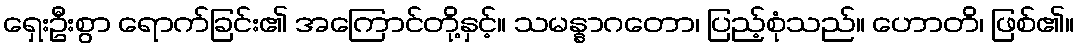
ရှေးဦးစွာ ရောက်ခြင်း၏ အကြောင်တို့နှင့်။ သမန္နာဂတော၊ ပြည့်စုံသည်။ ဟောတိ၊ ဖြစ်၏။